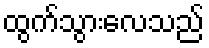
ထွက်သွားလေသည်